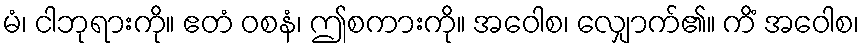
မံ၊ ငါဘုရားကို။ ဧတံ ဝစနံ၊ ဤစကားကို။ အဝေါစ၊ လျှောက်၏။ ကိံ အဝေါစ၊